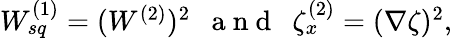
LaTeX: \begin{array}{r}{W_{sq}^{(1)}=(W^{(2)})^{2}~~\mathrm{~a~n~d~}~~\zeta_{x}^{(2)}=(\nabla\zeta)^{2},}\end{array}